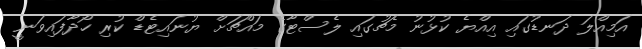
އަމިއްލަ ދަނޑުގައި އިއްޔެ ކުޅުނު މެޗުގައި ލެސްޓާގެ މައްޗަށް ޔުނައިޓެޑް ކުރި ހޯދާފައިވަނީ